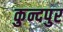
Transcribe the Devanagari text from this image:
कुन्दपुर